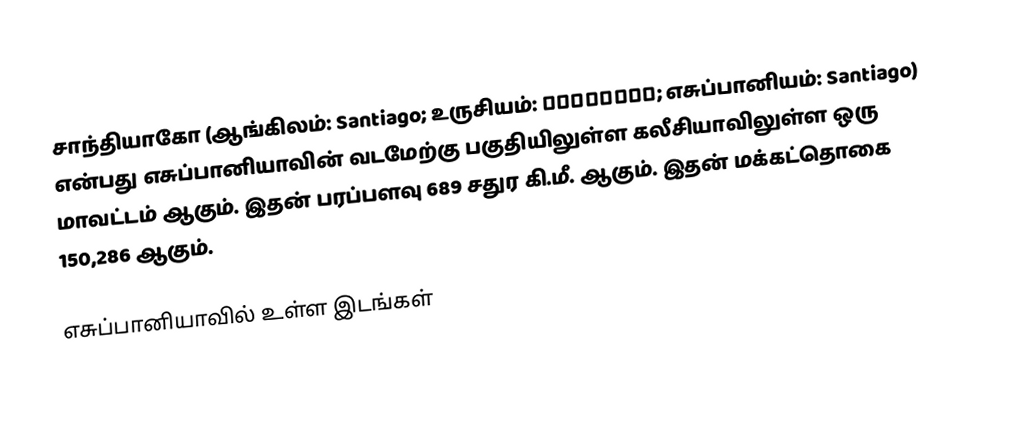
சாந்தியாகோ (ஆங்கிலம்: Santiago; உருசியம்: Сантьяго; எசுப்பானியம்: Santiago) என்பது எசுப்பானியாவின் வடமேற்கு பகுதியிலுள்ள கலீசியாவிலுள்ள ஒரு மாவட்டம் ஆகும். இதன் பரப்பளவு 689 சதுர கி.மீ. ஆகும். இதன் மக்கட்தொகை 150,286 ஆகும்.

எசுப்பானியாவில் உள்ள இடங்கள்